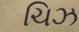
ચિઝ